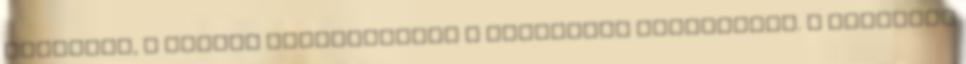
tempóban, a teljes sebességemet a támadásra tartogatom. A közelébe